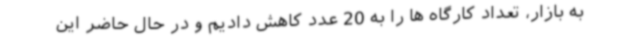
به بازار، تعداد کارگاه ها را به 20 عدد کاهش دادیم و در حال حاضر این